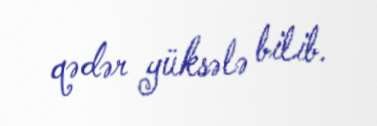
qədər yüksələ bilib.